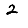
Digit: 2